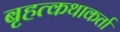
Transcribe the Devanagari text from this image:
बृहत्कथाकर्ता